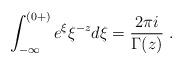
LaTeX: \begin{align*}\int_{-\infty}^{(0+)}e^{\xi} \xi^{-z}d\xi=\frac{2\pi i}{\Gamma(z)} ~.\end{align*}